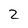
Character: 2